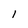
Character: 1